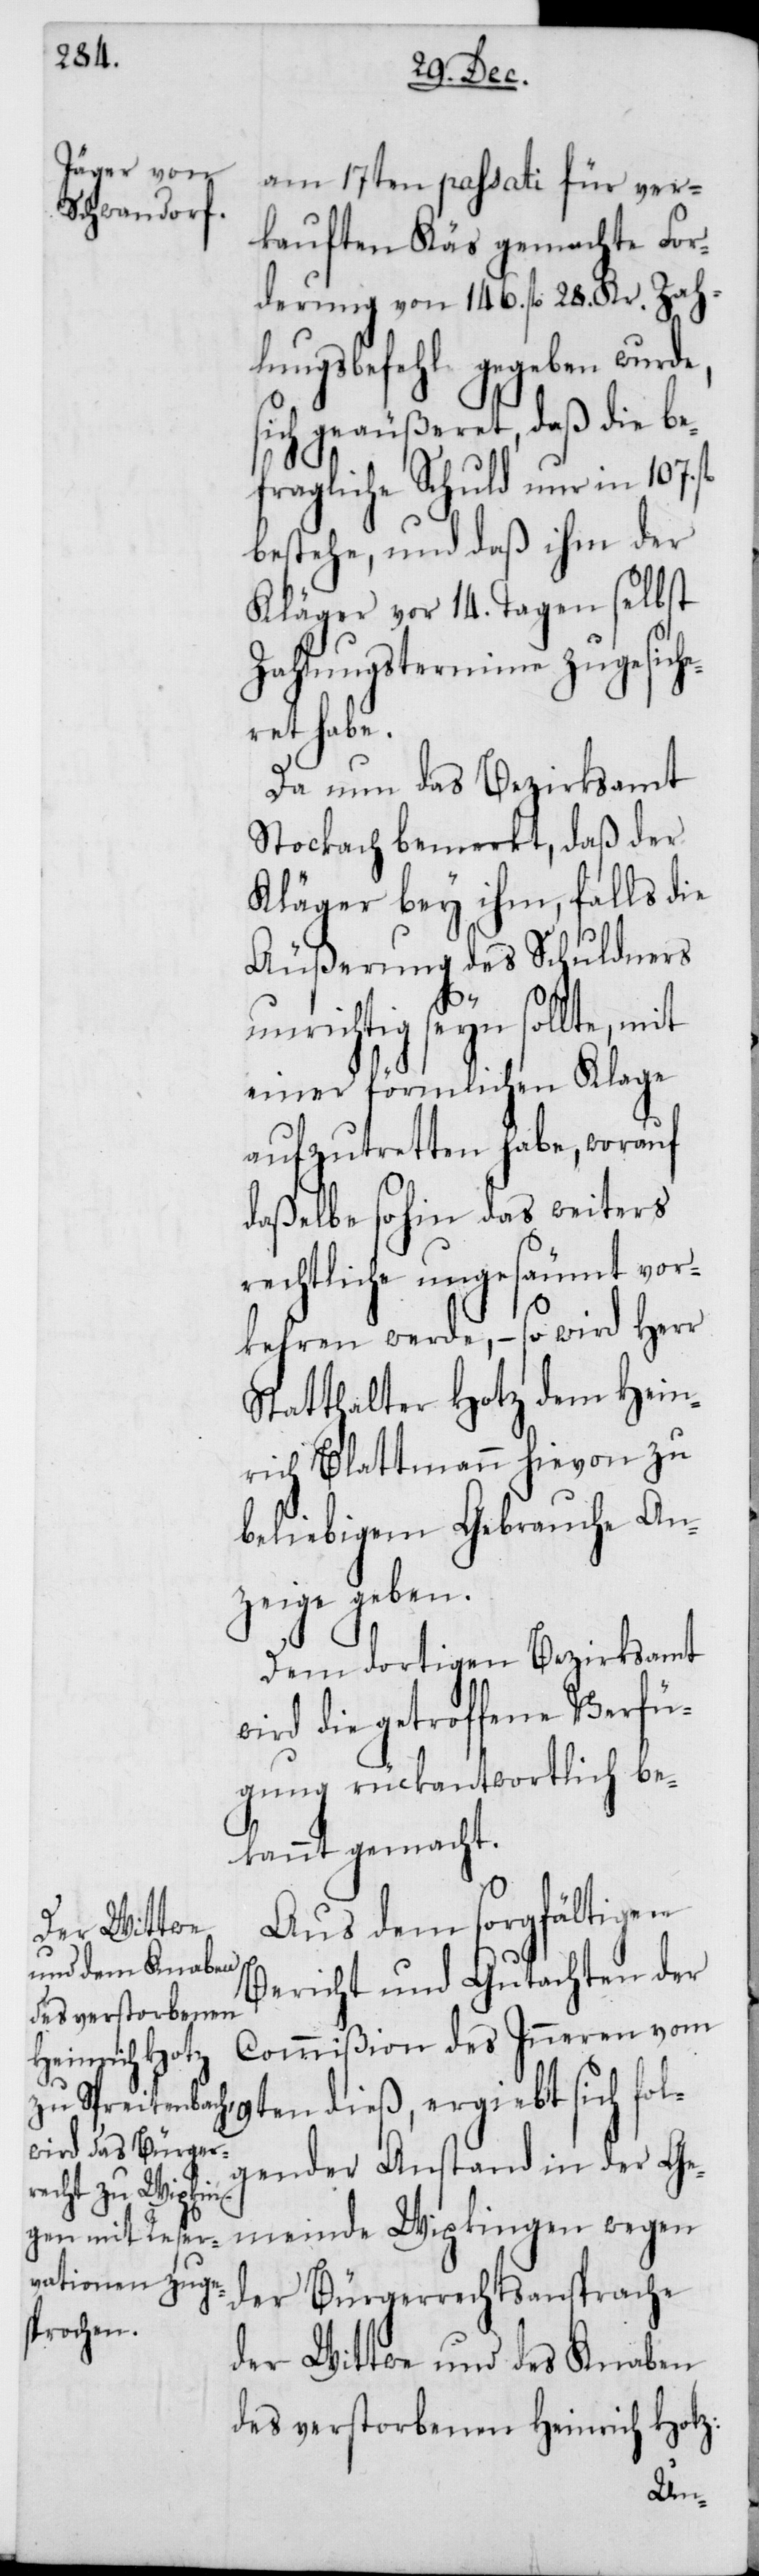
am 17ten passati für ver¬
kauften Käs gemachte For¬
derung von 146. fl. 28. Kr. Zah¬
lungsbefehl gegeben wurde,
sich geäußeret, daß die be¬
fragliche Schuld nur in 107.
bestehe, und daß ihm der
Kläger vor 14. Tagen selbst
Zahlungstermine zugesich¬
eret habe.
Da nun das Bezirksamt
Stockach bemerkt, daß der
Kläger bey ihm, falls die
Äußerung des Schuldners
unrichtig seyn sollte, mit
einer förmlichen Klage
aufzutretten habe, worauf
daßelbe so hin das weiters
rechtliche ungesäumt vor¬
kehren werde, – so wird Herr
Statthalter Hotz dem Hein¬
rich Blattmann hievon zu
beliebigem Gebrauche An¬
zeige geben.
Dem dortigen Bezirksamt
wird die getroffene Verfü¬
gung rückantwortlich be¬
kannt gemacht.
Aus dem sorgfältigen
Bericht und Gutachten der
Commißion des Inneren vom
19ten dieß, ergiebt sich fol¬
gender Anstand in der Ge¬
der Bürgerrechtsansprache
der Wittwe und des Knaben
des verstorbenen Heinrich Hotz:
meinde